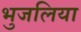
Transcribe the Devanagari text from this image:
भुजलिया